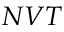
N V T